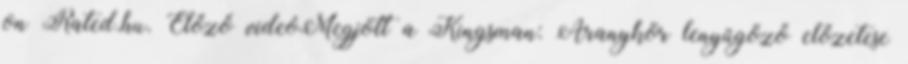
on Rated.hu. Előző videóMegjött a Kingsman: Aranykör lenyűgöző előzetese